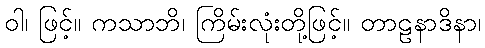
ဝါ၊ ဖြင့်။ ကသာဘိ၊ ကြိမ်းလုံးတို့ဖြင့်။ တာဠနာဒိနာ၊